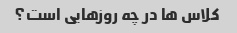
کلاس ها در چه روزهایی است؟